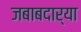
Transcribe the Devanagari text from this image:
जबाबदार्या